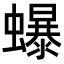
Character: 𧔙